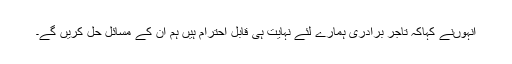
انہوںنے کہاکہ تاجر برادری ہمارے لئے نہایت ہی قابل احترام ہیں ہم ان کے مسائل حل کریں گے۔